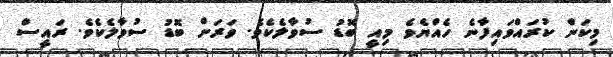
މިކަން ކުރައްވައިފާނެ ހެއްޔެވެ މިއީ ބޮޑު ސުވާލެކެވެ. ވަރަށް ބޮޑު ސުވާލެކެވެ. ރައީސް